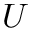
U